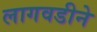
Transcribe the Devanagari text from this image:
लागवडीने